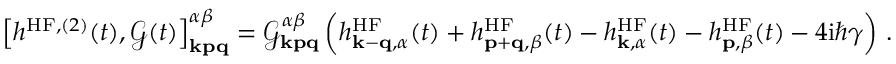
\begin{array} { r } { \left[ h ^ { \mathrm { H F } , ( 2 ) } ( t ) , \mathcal { G } ( t ) \right] _ { \mathbf { k p q } } ^ { \alpha \beta } = \mathcal { G } _ { \mathbf { k p q } } ^ { \alpha \beta } \left( h _ { \mathbf { k } - \mathbf { q } , \alpha } ^ { \mathrm { H F } } ( t ) + h _ { \mathbf { p } + \mathbf { q } , \beta } ^ { \mathrm { H F } } ( t ) - h _ { \mathbf { k } , \alpha } ^ { \mathrm { H F } } ( t ) - h _ { \mathbf { p } , \beta } ^ { \mathrm { H F } } ( t ) - 4 \mathrm { i } \hbar \gamma \right) \, . } \end{array}